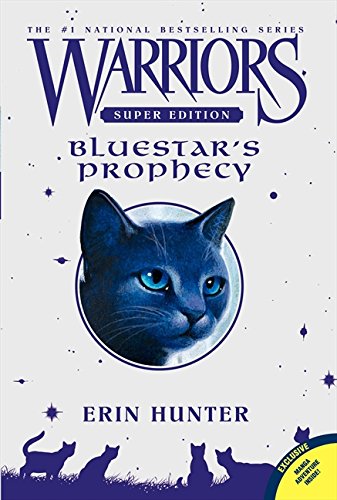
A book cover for Warriors Super Edition: Bluestar's Prophecy; Erin Hunter; Children's Books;